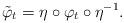
LaTeX: \begin{align*}\tilde \varphi_t = \eta \circ \varphi_t \circ \eta^{-1}.\end{align*}